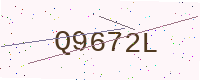
Text: Q9672L